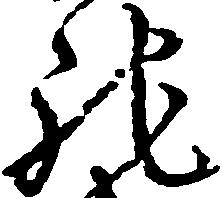
馳